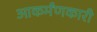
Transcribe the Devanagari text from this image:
आकर्मंणकारी